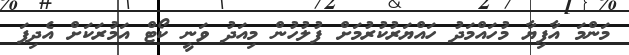
މަންމަ އާފިޔާ މުހައްމަދު ހައްޔަރުކުރުމަށް ފުލުހުން މިއަދު ވަނީ ކޯޓް އަމުރަކަށް އެދިފަ